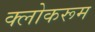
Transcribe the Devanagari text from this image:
क्लोकरूम